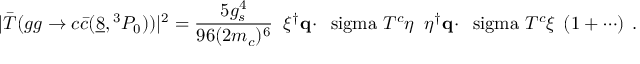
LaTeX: | \bar { { \cal T } } ( g g \to c \bar { c } ( \underline { { { 8 } } } , { } ^ { 3 } P _ { 0 } ) ) | ^ { 2 } = { \frac { 5 g _ { s } ^ { 4 } } { 9 6 ( 2 m _ { c } ) ^ { 6 } } } \; \; \xi ^ { \dagger } { \bf q } \cdot \mathrm { \boldmath ~ \ s i g m a ~ } T ^ { c } \eta \; \; \eta ^ { \dagger } { \bf q } \cdot \mathrm { \boldmath ~ \ s i g m a ~ } T ^ { c } \xi \; \left( 1 + \cdots \right) \; .